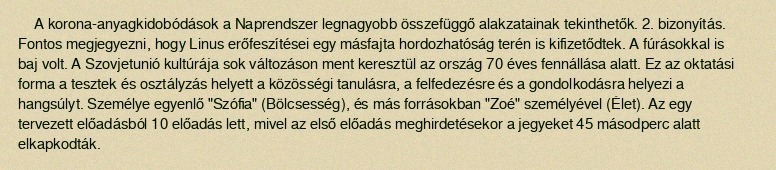
A korona-anyagkidobódások a Naprendszer legnagyobb összefüggő alakzatainak tekinthetők. 2. bizonyítás. Fontos megjegyezni, hogy Linus erőfeszítései egy másfajta hordozhatóság terén is kifizetődtek. A fúrásokkal is baj volt. A Szovjetunió kultúrája sok változáson ment keresztül az ország 70 éves fennállása alatt. Ez az oktatási forma a tesztek és osztályzás helyett a közösségi tanulásra, a felfedezésre és a gondolkodásra helyezi a hangsúlyt. Személye egyenlő "Szófia" (Bölcsesség), és más forrásokban "Zoé" személyével (Élet). Az egy tervezett előadásból 10 előadás lett, mivel az első előadás meghirdetésekor a jegyeket 45 másodperc alatt elkapkodták.